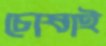
চোষাই